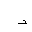
Letter: _dal